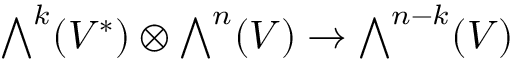
{ \textstyle \bigwedge } ^ { k } ( V ^ { * } ) \otimes { \textstyle \bigwedge } ^ { n } ( V ) \to { \textstyle \bigwedge } ^ { n - k } ( V )